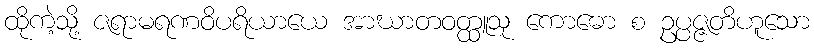
ထိုကဲ့သို့ ဇရာမရဏဝိပရိယာယေ အာဃာတဝတ္ထူသု ကောဓော စ ဥပ္ပဇ္ဇတိဟူသော